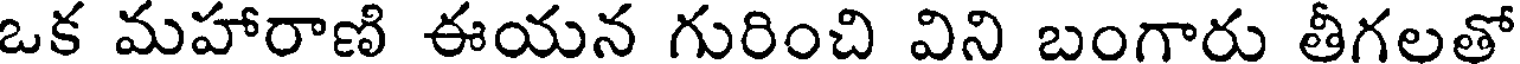
ఒక మహారాణి ఈయన గురించి విని బంగారు తీగలతో